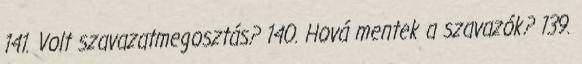
141. Volt szavazatmegosztás? 140. Hová mentek a szavazók? 139.